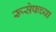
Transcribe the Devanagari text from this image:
रूसेफच्या